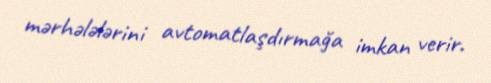
mərhələlərini avtomatlaşdırmağa imkan verir.